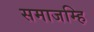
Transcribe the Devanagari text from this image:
समाजम्हि